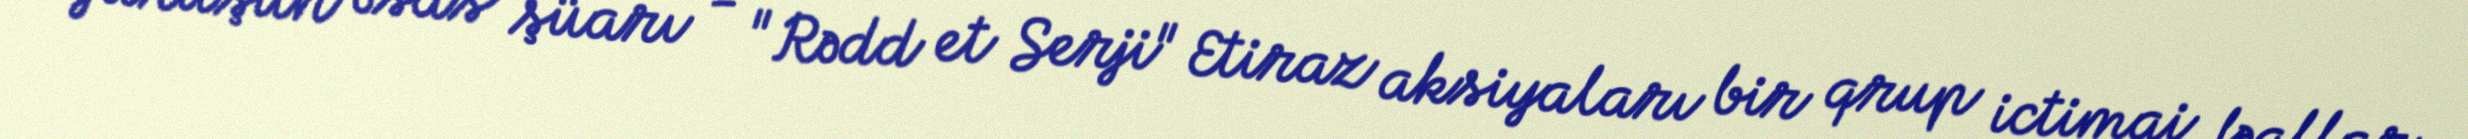
Yürüşün əsas şüarı - "Rədd et Serji" Etiraz aksiyaları bir qrup ictimai fəallar